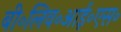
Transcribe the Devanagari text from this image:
बी॰लिव॰आई॰एस॰